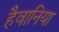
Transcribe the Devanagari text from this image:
हैवानिया